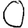
Digit: 0